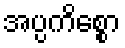
အပ္ပကိစ္စော